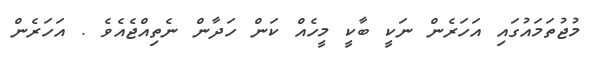
މުޖުތަމައުގައި އަހަރެން ނަކީ ބާކީ މީހެއް ކަން ހަދާން ނެތިއްޖެއެވެ . އަހަރެން